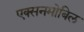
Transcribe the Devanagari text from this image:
एक्सनमोबिल